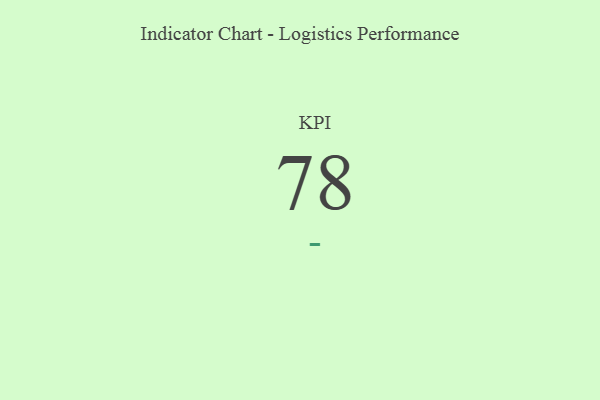
{"axis": {"x": "KPI", "y": "Value"}, "legend": [""], "data": [{"x": "KPI", "y": 78, "type": ""}]}